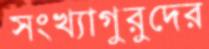
সংখ্যাগুরুদের